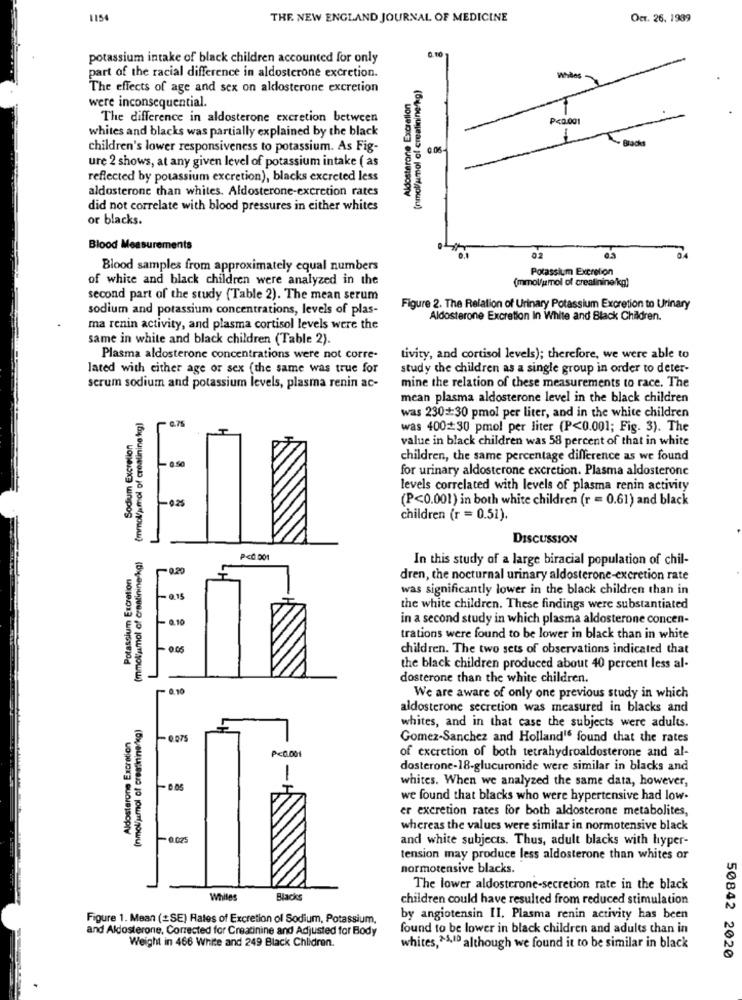
1154
THE NEW ENGLAND JOURNAL OF MEDICINE
Oct. 26. 1939
0.10
potassium intake of black children accounted for only
part of the racial difference in aldosterone excretion.
(nmol/umol ol creatinine/kg)
Whiles
The effects of age and sex on aldosterone excretion
Aldosterone Excretion
were inconsequential.
The difference in aldosterone excretion between
₱<0.001
whites and blacks was partially explained by the black
children's lower responsiveness to potassium. As Fig-
0.06
Blacks
ure 2 shows, at any given level of potassium intake ( as
reflected by potassium excretion), blacks excreted less
aldosterone than whites. Aldosterone-excretion rates
did not correlate with blood pressures in either whites
or blacks.
Blood Measurements
04
02
Blood samples from approximately equal numbers
Potassium Excretion
of white and black children were analyzed in the
(mmol/umol of creatinine/kg)
second part of the study (Table 2). The mean serum
sodium and potassium concentrations, levels of plas-
Figure 2. The Relation of Urinary Potassium Excretion to Urinary
Aldosterone Excretion In White and Black Children.
ma renin activity, and plasma cortisol levels were the
same in white and black children (Table 2).
Plasma aldosterone concentrations were not corre-
tivity, and cortisol levels); therefore, we were able to
lated with either age or sex (the same was true for
study the children as a single group in order to deter-
serum sodium and potassium levels, plasma renin ac-
mine the relation of these measurements to race. The
mean plasma aldosterone level in the black children
(mmol/jumol of creatinine kg)
0.75
was 230+:30 pmol per liter, and in the white children
was 400+30 pmol per liter (P<0.001; Fig. 3). The
Sodium Excretion
value in black children was 58 percent of that in white
- 0.50
children, the same percentage difference as we found
for urinary aldosterone excretion. Plasma aldosterone
levels correlated with levels of plasma renin activity
(P<0.001) in both white children (r = 0.61) and black
children (r = 0.51).
DISCUSSION
(mmol'umol of creatinine a)
P<0 001
In this study of a large biracial population of chil-
Potassium Excration
-0.20
dren, the nocturnal urinary aldosterone-excretion rate
was significantly lower in the black children than in
the white children. These findings were substantiated
in a second study in which plasma aldosterone concen-
trations were found to be lower in black than in white
=0.05
children. The two sets of observations indicated that
the black children produced about 40 percent less al-
dosterone than the white children.
- 0.10
We are aware of only one previous study in which
aldosterone secretion was measured in blacks and
(nmol/jmol of creatinine/kg)
whites, and in that case the subjects were adults.
Aldosterone Excretion
Gomez-Sanchez and Holland16 found that the rates
of excretion of both tetrahydroaldosterone and al-
P<0.001
dosterone-18-glucuronide were similar in blacks and
whites. When we analyzed the same data, however,
we found that blacks who were hypertensive had low-
er excretion rates for both aldosterone metabolites,
whereas the values were similar in normotensive black
and white subjects. Thus, adult blacks with hyper-
tension may produce less aldosterone than whites or
normotensive blacks.
The lower aldosterone-secretion rate in the black
Whiles
Blacks
children could have resulted from reduced stimulation
Figure 1. Mean (SE) Rates of Excretion of Sodium, Potassium,
by angiotensin II. Plasma renin activity has been
and Aldosterone, Corrected for Creatinine and Adjusted for Body
found to be lower in black children and adults than in
Weight in 466 White and 249 Black Chlidren.
whites, ^5,10 although we found it to be similar in black
50842 2020